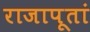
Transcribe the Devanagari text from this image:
राजापूतां